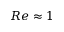
R e \approx 1